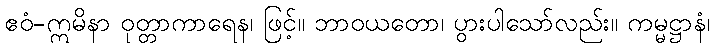
ဧဝံ-ဣမိနာ ဝုတ္တာကာရေန၊ ဖြင့်။ ဘာဝယတော၊ ပွားပါသော်လည်း။ ကမ္မဋ္ဌာနံ၊